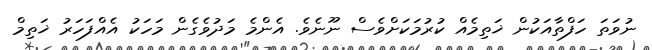
ނުވަތަ ހަފްތާއަކުން ޚަތިމެއް ކުރުމަކަށްވެސް ނޫނެވެ. އެންމެ މަދުވެގެން މަހަކު އެއްފަހަރު ޚަތިމް